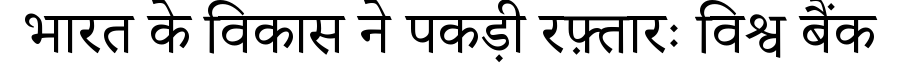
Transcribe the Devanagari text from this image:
भारत के विकास ने पकड़ी रफ़्तारः विश्व बैंक